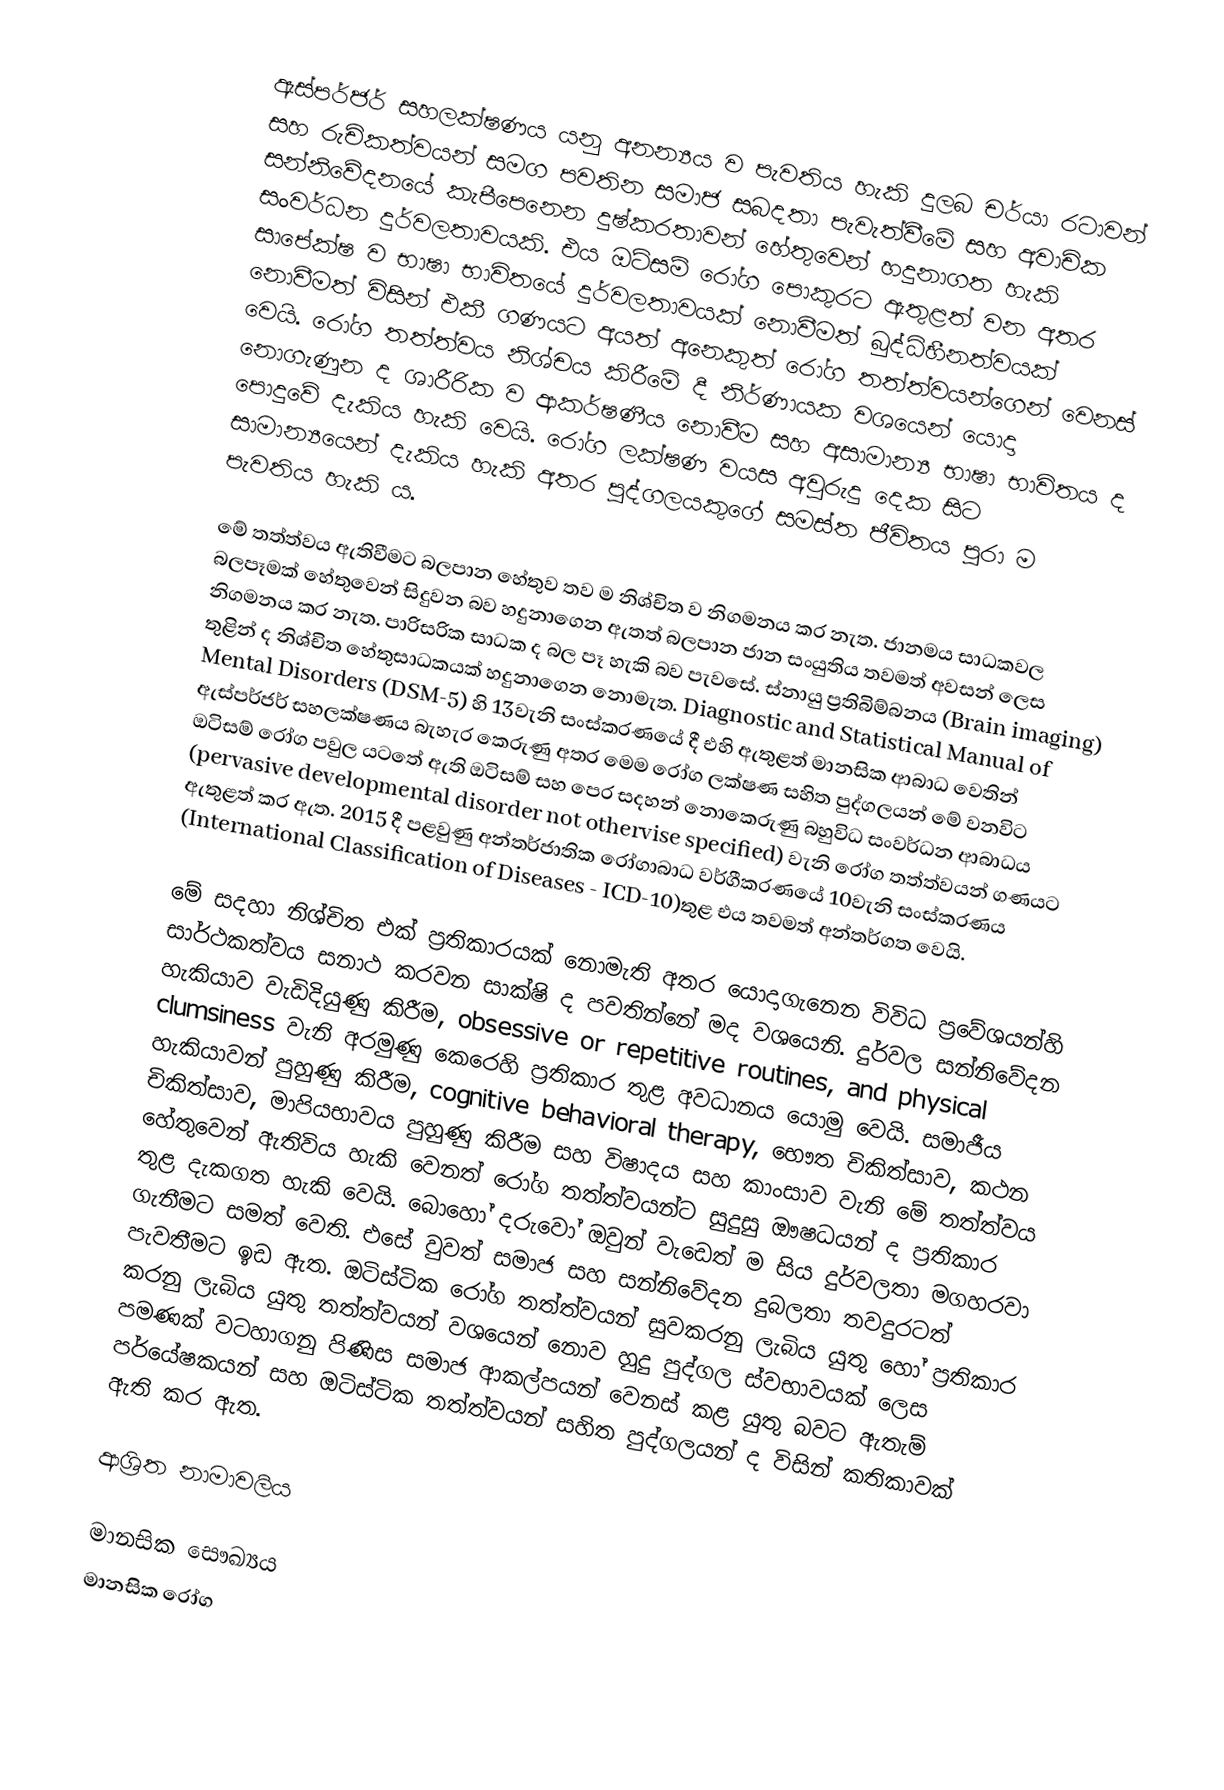
ඇස්පර්ජර් සහලක්ෂණය යනු අනන්‍යය ව පැවතිය හැකි දුලබ චර්යා රටාවන් සහ රුචිකත්වයන් සමග පවතින සමාජ සබදතා පැවැත්වීමේ සහ අවාචික සන්නිවේදනයේ කැපීපෙනෙන දුෂ්කරතාවන් හේතුවෙන් හදුනාගත හැකි සංවර්ධන දුර්වලතාවයකි. එය ඔටිසම් රෝග පොකුරට ඇතුළත් වන අතර සාපේක්ෂ ව භාෂා භාවිතයේ දුර්වලතාවයක් නොවීමත් බුද්ධිහීනත්වයක් නොවීමත් විසින් එකී ගණයට අයත් අනෙකුත් රෝග තත්ත්වයන්ගෙන් වෙනස් වෙයි. රෝග තත්ත්වය නිශ්චය කිරීමේ දී නිර්ණායක වශයෙන් යොදා නොගැණුන ද ශාරීරික ව ආකර්ෂණීය නොවීම සහ අසාමාන්‍ය භාෂා භාවිතය ද පොදුවේ දැකිය හැකි වෙයි. රෝග ලක්ෂණ වයස අවුරුදු දෙක සිට සාමාන්‍යයෙන් දැකිය හැකි අතර පුද්ගලයකුගේ සමස්ත ජීවිතය පුරා ම පැවතිය හැකි ය.

මේ තත්ත්වය ඇතිවීමට බලපාන හේතුව තව ම නිශ්චිත ව නිගමනය කර නැත. ජානමය සාධකවල බලපෑමක් හේතුවෙන් සිදුවන බව හදුනාගෙන ඇතත් බලපාන ජාන සංයුතිය තවමත් අවසන් ලෙස නිගමනය කර නැත.  පාරිසරික සාධක ද බල පෑ හැකි බව පැවසේ. ස්නායු ප්‍රතිබිම්බනය (Brain imaging) තුළින් ද නිශ්චිත හේතුසාධකයක් හදුනාගෙන නොමැත. Diagnostic and Statistical Manual of Mental Disorders (DSM-5) හි 13වැනි සංස්කරණයේ දී එහි ඇතුළත් මානසික ආබාධ වෙතින් ඇස්පර්ජර් සහලක්ෂණය බැහැර කෙරුණු අතර මෙම රෝග ලක්ෂණ සහිත පුද්ගලයන් මේ වනවිට ඔටිසම් රෝග පවුල යටතේ ඇති ඔටිසම් සහ පෙර සදහන් නොකෙරුණු බහුවිධ සංවර්ධන ආබාධය (pervasive developmental disorder not othervise specified) වැනි රෝග තත්ත්වයන් ගණයට ඇතුළත් කර ඇත. 2015 දී පළවුණු අන්තර්ජාතික රෝගාබාධ වර්ගීකරණයේ 10වැනි සංස්කරණය (International Classification of Diseases - ICD-10)තුළ එය තවමත් අන්තර්ගත වෙයි.

මේ සදහා නිශ්චිත එක් ප්‍රතිකාරයක් නොමැති අතර යොදාගැනෙන විවිධ ප්‍රවේශයන්හි සාර්ථකත්වය සනාථ කරවන සාක්ෂි ද පවතින්නේ මද වශයෙනි. දුර්වල සන්නිවේදන හැකියාව වැඩිදියුණු කිරීම,  obsessive or repetitive routines, and physical clumsiness වැනි අරමුණු කෙරෙහි ප්‍රතිකාර තුළ අවධානය යොමු වෙයි. සමාජීය හැකියාවන් පුහුණු කිරීම, cognitive behavioral therapy, භෞත චිකිත්සාව, කථන චිකිත්සාව, මාපියභාවය පුහුණු කිරීම සහ විෂාදය සහ කාංසාව වැනි මේ තත්ත්වය හේතුවෙන් ඇතිවිය හැකි වෙනත් රෝග තත්ත්වයන්ට සුදුසු ඖෂධයන් ද ප්‍රතිකාර තුළ දැකගත හැකි වෙයි. බොහෝ දරුවෝ ඔවුන් වැඩෙත් ම සිය දුර්වලතා මගහරවා ගැනීමට සමත් වෙති. එසේ වුවත් සමාජ සහ සන්නිවේදන දුබලතා තවදුරටත් පැවතීමට ඉඩ ඇත. ඔටිස්ටික රෝග තත්ත්වයන් සුවකරනු ලැබිය යුතු හෝ ප්‍රතිකාර කරනු ලැබිය යුතු තත්ත්වයන් වශයෙන් නොව හුදු පුද්ගල ස්වභාවයක් ලෙස පමණක් වටහාගනු පිණිස සමාජ ආකල්පයන් වෙනස් කළ යුතු බවට ඇතැම් පර්යේෂකයන් සහ ඔටිස්ටික තත්ත්වයන් සහිත පුද්ගලයන් ද විසින් කතිකාවක් ඇති කර ඇත.

ආශ්‍රිත නාමාවලිය

මානසික සෞඛ්‍යය
මානසික රෝග